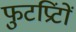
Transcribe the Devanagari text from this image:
फुटप्रिंटों